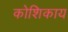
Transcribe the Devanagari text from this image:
कोशिकाय